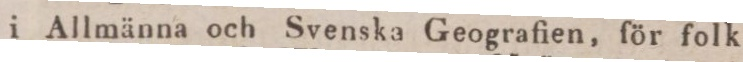
i Allmänna och Svenska Geografien, för folk-